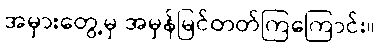
အမှားတွေ့မှ အမှန်မြင်တတ်ကြကြောင်း။